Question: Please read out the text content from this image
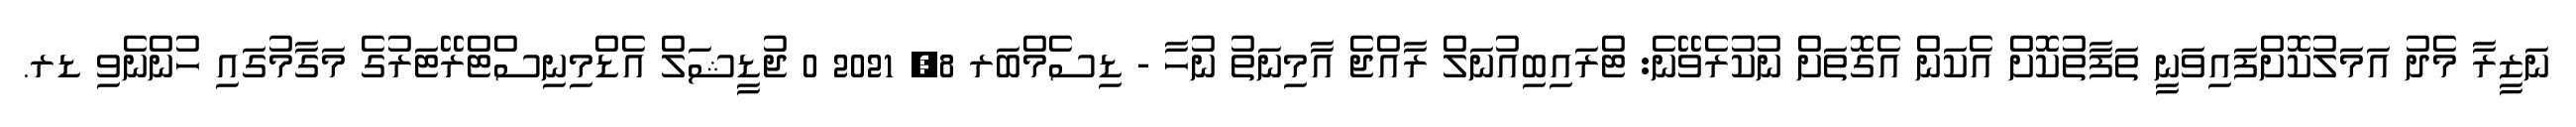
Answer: ނަޒީރާ މެދު އަމަލުކޮށްފައިވަނީ ތަފާތުކޮށް އެކަން އެގޮތަށް ނުކުރެވޭނެ: ޓްރައިބިއުނަލް ރާއްޖެ އާމިނަތު ނުހާ - ޑިސެމްބަރ 8, 2021 0 ޖުޑީޝަލް އެޑްމިނިސްޓްރޭޓަރުގެ މަގާމުގައި ހުންނެވި ޑރ.